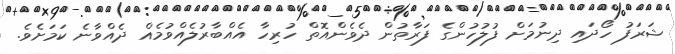
ޝަރަފު ހޯދައި ދިނުމަށް ފުލުހުންގެ ފަރާތުން ދެވެންއޮތް ހުރިހާ އެއްބާރުލެއްވުމެއް ދެއްވާނެ ކަމަށެވެ.